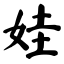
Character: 娃